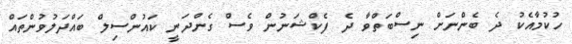
ހުކުމާއެކު ދެ ބެންނަށް ނިސްބަތްވާ ދެ ފެކްޝަނުން ވެސް ގެންދަނީ ކައުންސިލް ބައްދަލުވުންތައް